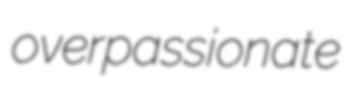
overpassionate